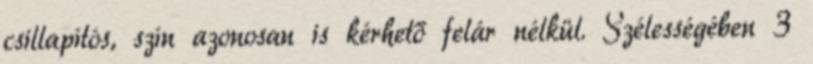
csillapítós, szín azonosan is kérhető felár nélkül. Szélességében 3